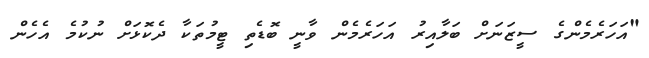
"އަހަރެމެންގެ ސީޒަނަށް ބަލާއިރު އަހަރެމެން ވާނީ ބޮޑެތި ޓީމުތަކާ ދެކޮޅަށް ނުކުމެ އެހެން